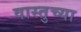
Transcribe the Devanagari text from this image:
वास्तुच्या